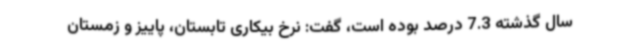
سال گذشته 7.3 درصد بوده است، گفت: نرخ بیکاری تابستان، پاییز و زمستان